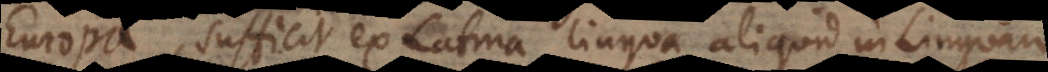
Europa, sufficit ex Latina lingua aliquid in Linguam